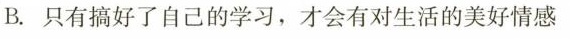
B.只有搞好了自己的学习，才会有对生活的美好情感